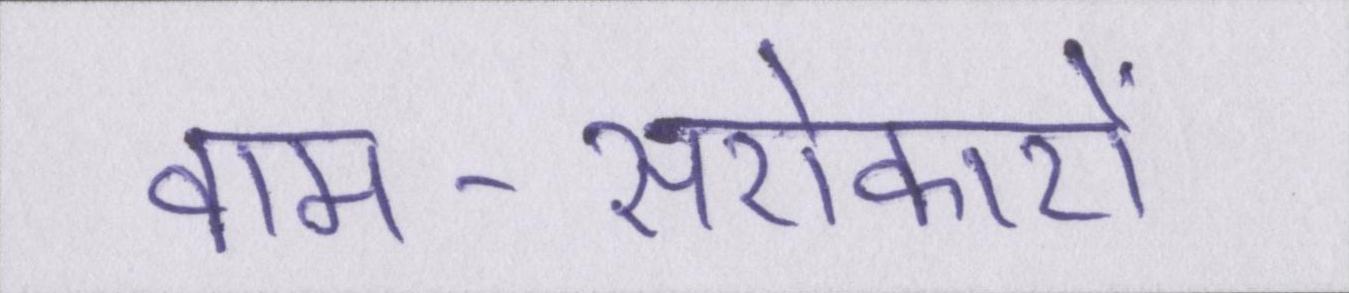
वाम-सरोकारों